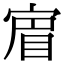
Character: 𡩏